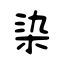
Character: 染